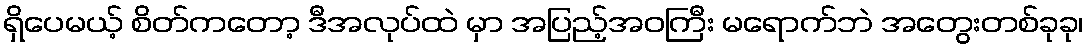
ရှိပေမယ့် စိတ်ကတော့ ဒီအလုပ်ထဲ မှာ အပြည့်အဝကြီး မရောက်ဘဲ အတွေးတစ်ခုခု၊